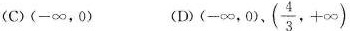
(C)(-∞，0) (D)(-∞，0)、( \frac{4}{3},+∞ )